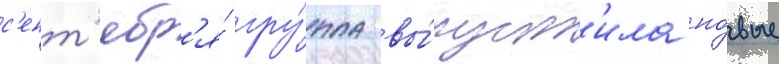
с'ент'ябр'я́ гру́ппа вы́пуст'ила но́вые